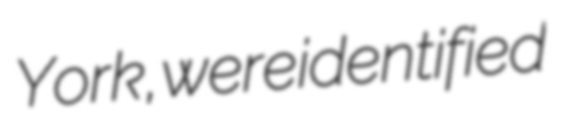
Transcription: York, were identified